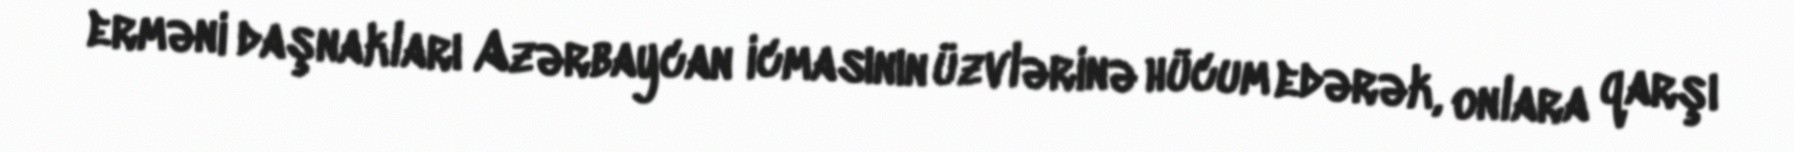
erməni daşnakları Azərbaycan icmasının üzvlərinə hücum edərək, onlara qarşı